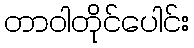
တာဝါတိုင်ပေါင်း